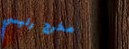
مخرج رئيسي